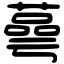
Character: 蕚